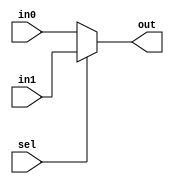
`timescale 1ns / 1ps
//////////////////////////////////////////////////////////////////////////////////
// Company: 
// Engineer: 
// 
// Design Name: 
// Module Name: 2-to-1_Mux
// Project Name: 
// Target Devices: 
// Tool Versions: 
// Description: 
// 
// Dependencies: 
// 
// Revision:
// Revision 0.01 - File Created
// Additional Comments:
// 
//////////////////////////////////////////////////////////////////////////////////


module TwotoOne_Mux(
    input  [15:0]in0, 
    input  [15:0]in1, 
    input  sel, 
    output [15:0]out);
        
assign out = sel ? in1 : in0;        

endmodule